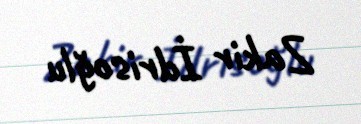
Zakir İdrisoğlu